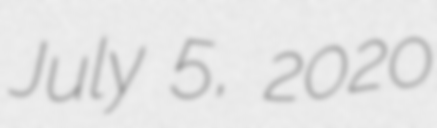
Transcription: July 5, 2020